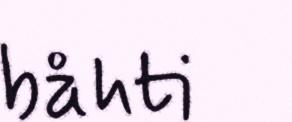
båhti